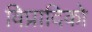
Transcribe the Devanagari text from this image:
विप्रादिको